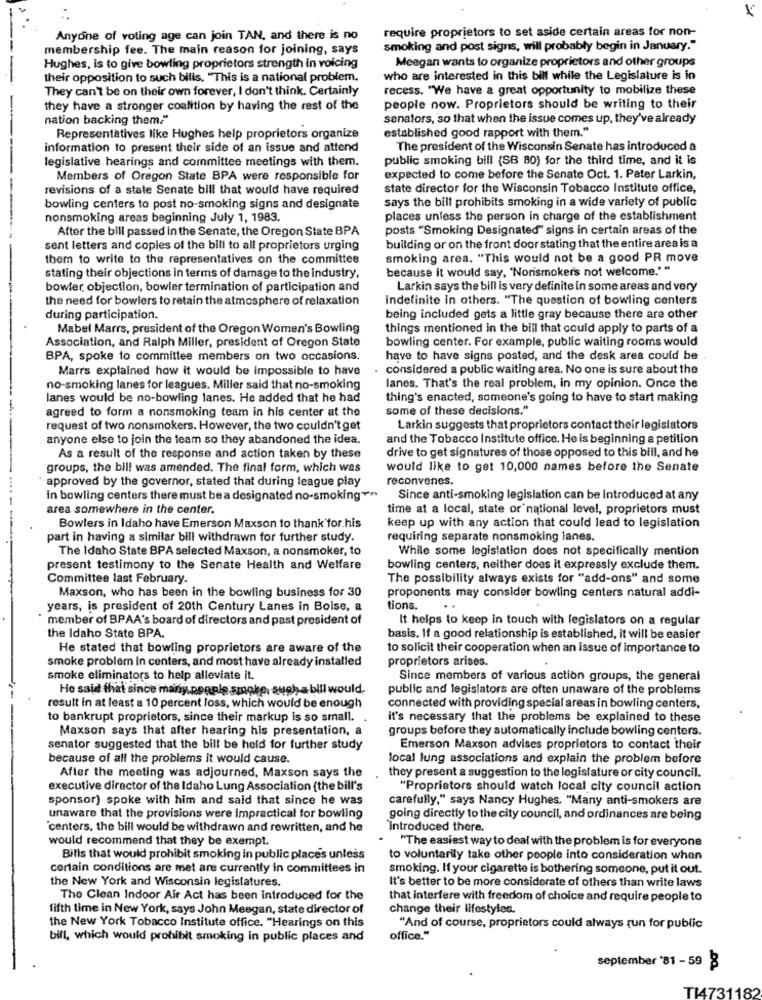
require proprietors to set aside certain areas for non-
Anyone of voting age can join TAN, and there is no
membership fee. The main reason for joining, says
smoking and post signs, will probably begin in January."
Meegan wants to organize proprietors and other groups
Hughes, is to give bowling proprietors strength in voicing
their opposition to such bills, "This is a national problem.
who are interested in this bill while the Legislature is in
They can't be on their own forever, I don't think. Certainly
recess. "We have a great opportunity to mobilize these
they have a stronger coalition by having the rest of the
people now. Proprietors should be writing to their
nation backing them."
senators, so that when the issue comes up, they've already
Representatives like Hughes help proprietors organize
established good rapport with them."
information to present their side of an issue and attend
The president of the Wisconsin Senate has introduced a
legislative hearings and committee meetings with them.
public smoking bill (SB 80) for the third time, and it is
Members of Oregon State BPA were responsible for
expected to come before the Senate Oct. 1. Pater Larkin,
--
revisions of a state Senate bill that would have required
state director for the Wisconsin Tobacco Institute office,
bowling centers to post no-smoking signs and designate
says the bill prohibits smoking in a wide variety of public
nonsmoking areas beginning July 1, 1983.
places unless the person in charge of the establishment
After the bill passed in the Senate, the Oregon State BPA
posts "Smoking Designated" signs in certain areas of the
sent letters and copies of the bill to all proprietors urging
building or on the front door stating that the entire area is a
them to write to the representatives on the committee
smoking area. "This would not be a good PR move
because it would say, 'Nonsmokers not welcome.""
stating their objections in terms of damage to the industry,
bowler objection, bowler termination of participation and
Larkin says the bill is very definite in some areas and very
the need for bowlers to retain the atmosphere of relaxation
indefinite in others. "The question of bowling centers
during participation.
being included gets a little gray because there are other
Mabel Marrs, president of the Oregon Women's Bowling
things mentioned in the bill that could apply to parts of a
Association, and Ralph Miller, president of Oregon State
bowling center. For example, public waiting rooms would
BPA, spoke to committee members on two occasions.
have to have signs posted, and the desk area could be .
Marrs explained how it would be impossible to have
considered a public waiting area. No one is sure about the
no-smoking lanes for leagues. Miller said that no-smoking
lanes. That's the real problem, in my opinion. Once the
lanes would be no-bowling lanes. He added that he had
thing's enacted, someone's going to have to start making
agreed to form a nonsmoking team in his center at the
some of these decisions."
request of two nonsmokers. However, the two couldn't get
Larkin suggests that proprietors contact their legislators
anyone else to join the team so they abandoned the idea.
and the Tobacco Institute office. He is beginning a petition
drive to get signatures of those opposed to this bill, and he
As a result of the response and action taken by these
groups, the bill was amended. The final form, which was
would like to get 10,000 names before the Senate
approved by the governor, stated that during league play
reconvenes.
In bowling centers there must be a designated no-smoking ***
Since anti-smoking legislation can be Introduced at any
area somewhere in the center.
time at a local, state or'national level, proprietors must
Bowlers in Idaho have Emerson Maxson to thank for.his
keep up with any action that could lead to legislation
part in having a similar bill withdrawn for further study.
requiring separate nonsmoking lanes.
The Idaho State BPA selected Maxson, a nonsmoker, to
While some legislation does not specifically mention
present testimony to the Senate Health and Welfare
bowling centers, neither does it expressly exclude them.
Committee last February.
The possibility always exists for "add-ons" and some
Maxson, who has been in the bowling business for 30
proponents may consider bowling centers natural addi-
years, is president of 20th Century Lanes in Boise, a
tions.
member of BPAA's board of directors and past president of
It helps to keep in touch with legislators on a regular
the Idaho State BPA.
basis. If a good relationship is established, it will be easier
He stated that bowling proprietors are aware of the
to solicit their cooperation when an issue of importance to
smoke problem In centers, and most have already installed
proprietors arises.
smoke eliminators to help alleviate it.
Since members of various action groups, the general
He said that since many people smoke, such a bill would.
public and legislators are often unaware of the problems
result in at least a 10 percent loss, which would be enough
connected with providing special areas in bowling centers,
to bankrupt proprietors, since their markup is so small. .
it's necessary that the problems be explained to these
Maxson says that after hearing his presentation, a
groups before they automatically include bowling centers.
senator suggested that the bill be held for further study
Emerson Maxson advises proprietors to contact their
because of all the problems it would cause.
local lung associations and explain the problem before
After the meeting was adjourned, Maxson says the
they present a suggestion to the legislature or city council.
executive director of the Idaho Lung Association (the bill's
"Proprietors should watch local city council action
sponsor) spoke with him and said that since he was
carefully," says Nancy Hughes. "Many anti-smokers are
unaware that the provisions were impractical for bowling
going directly to the city council, and ordinances are being
centers. the bill would be withdrawn and rewritten, and he
introduced there.
would recommend that they be exempt.
"The easiest way to deal with the problem is for everyone
Bills that would prohibit smoking in public places unless
to voluntarily take other people into consideration when
certain conditions are met are currently in committees in
smoking. If your cigarette is bothering someone, put it out.
the New York and Wisconsin legislatures.
It's better to be more considerate of others than write laws
The Clean Indoor Air Act has been introduced for the
that interfere with freedom of choice and require people to
fifth time in New York, says John Meegan, state director of
change their lifestyles.
the New York Tobacco Institute office. "Hearings on this
"And of course, proprietors could always run for public
bill, which would prohibit smoking in public places and
office."
september '81 - 59
T14731182